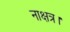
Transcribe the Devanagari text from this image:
नाक्षत्र।